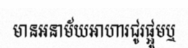
មានអនាម័យអាហារជូរផ្អូមឬ